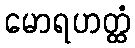
မောရဟတ္ထံ